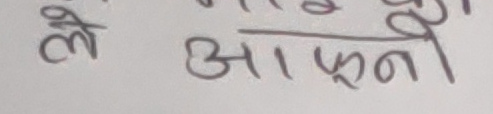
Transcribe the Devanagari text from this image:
ले आफ्नै